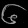
Digit: ၆